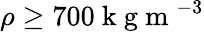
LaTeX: \rho\geq 700\mathrm{~k~g~m~}^{-3}